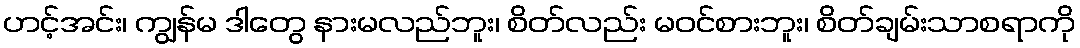
ဟင့်အင်း၊ ကျွန်မ ဒါတွေ နားမလည်ဘူး၊ စိတ်လည်း မဝင်စားဘူး၊ စိတ်ချမ်းသာစရာကို